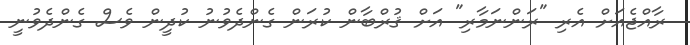
ރާއްޖެއަށް އެރި "ރަންނަމާރި" އަށް ޤުރްބާން ކުރަން ގެންދެވުނު ކުދީން ވެސް ގެންދެވުނީ